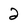
Character: 2